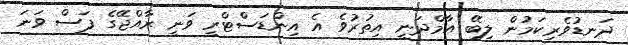
ދަނޑުވެރިކަމުން ލިބޭ އާމްދަނީ އިތުރުވެ އެ އިންޑަސްޓްރީ ވަނީ ރާއްޖޭގެ ފަސް ވަނަ